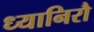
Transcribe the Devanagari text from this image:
ध्यानिरौ